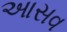
આસવ